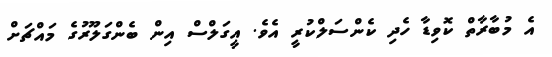
އެ މުބާރާތް ކޮވިޑާ ހެދި ކެންސަލްކުރީ އެވެ. އީގަލްސް އިން ބެންގަލޫރުގެ މައްޗަށް